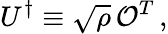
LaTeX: U^{\dagger}\equiv\sqrt{\rho}\, \mathcal{O}^{T}\, ,